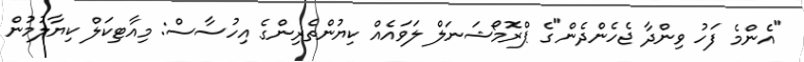
"އެންމެ ފަހު ވިންދާ ޖެހެންދެން"ގެ ޕްރޮމޯޝަނަލް ލަވައެއް ކިޔުންތެރިންގެ އިހުސާސް: މިއާޓިކަލް ކިޔާލުމުން